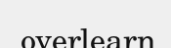
overlearn